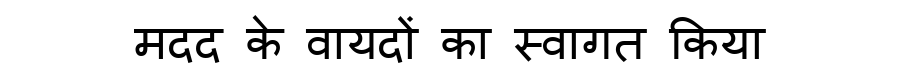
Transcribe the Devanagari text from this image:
मदद के वायदों का स्वागत किया